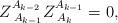
LaTeX: \begin{align*}Z_{\;A_{k-1}}^{A_{k-2}}Z_{\;A_k}^{A_{k-1}}=0,\end{align*}